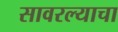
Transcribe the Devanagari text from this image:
सावरल्याचा